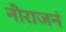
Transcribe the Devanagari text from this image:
नीराजनं